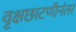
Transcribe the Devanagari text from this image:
वृक्षछाटणीनंतर